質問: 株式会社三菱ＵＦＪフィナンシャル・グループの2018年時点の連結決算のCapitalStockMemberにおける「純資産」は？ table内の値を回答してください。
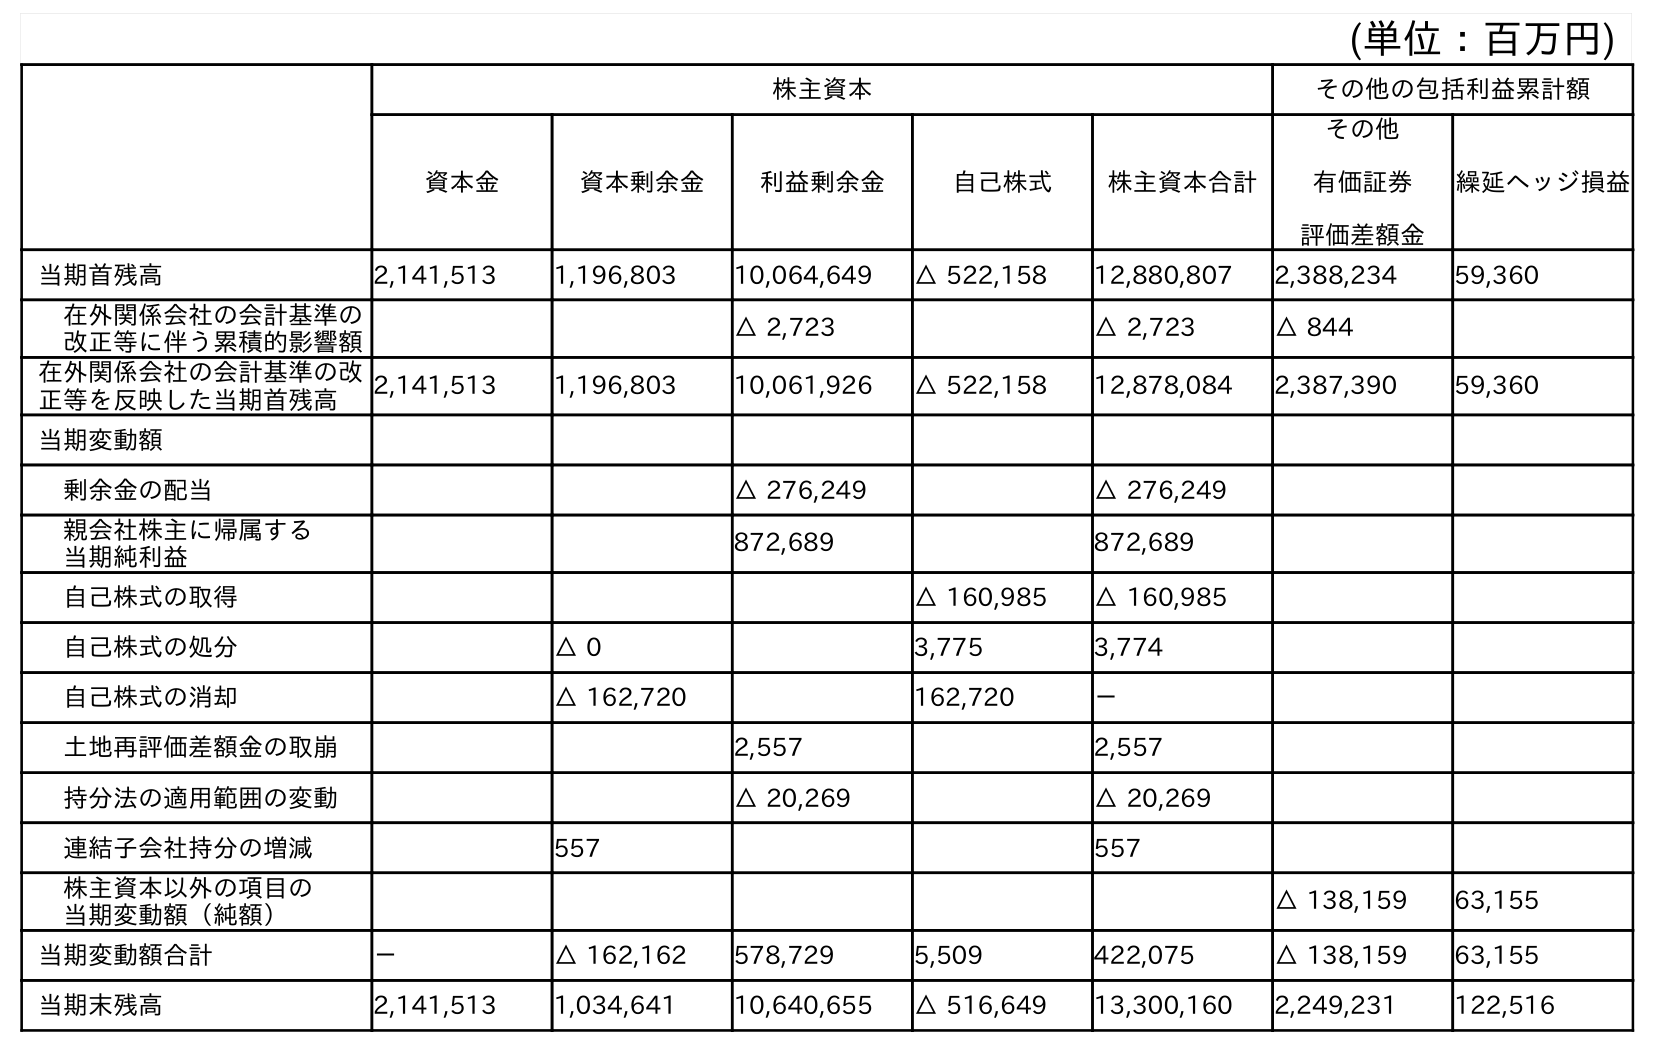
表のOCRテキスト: (単位：百万円) 株主資本 その他の包括利益累計額 資本金 資本剰余金 利益剰余金 自己株式 株主資本合計 その他 有価証券 評価差額金 繰延ヘッジ損益 当期首残高 2,141,513 1,196,803 10,064,649 △ 522,158 12,880,807 2,388,234 59,360 在外関係会社の会計基準の 改正等に伴う累積的影響額 △ 2,723 △ 2,723 △ 844 在外関係会社の会計基準の改 正等を反映した当期首残高 2,141,513 1,196,803 10,061,926 △ 522,158 12,878,084 2,387,390 59,360 当期変動額 剰余金の配当 △ 276,249 △ 276,249 親会社株主に帰属する 当期純利益 872,689 872,689 自己株式の取得 △ 160,985 △ 160,985 自己株式の処分 △ 0 3,775 3,774 自己株式の消却 △ 162,720 162,720 － 土地再評価差額金の取崩 2,557 2,557 持分法の適用範囲の変動 △ 20,269 △ 20,269 連結子会社持分の増減 557 557 株主資本以外の項目の 当期変動額（純額） △ 138,159 63,155 当期変動額合計 － △ 162,162 578,729 5,509 422,075 △ 138,159 63,155 当期末残高 2,141,513 1,034,641 10,640,655 △ 516,649 13,300,160 2,249,231 122,516
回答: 2,141,513